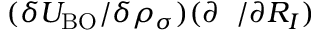
( \delta { \cal U } _ { \mathrm { B O } } / \delta { \rho _ { \sigma } } ) ( \partial { \bf \rho _ { \sigma } } / \partial R _ { I } )